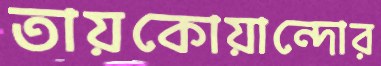
তায়কোয়ান্দোর